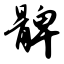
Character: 髀